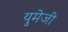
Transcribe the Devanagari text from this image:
युमेजी